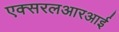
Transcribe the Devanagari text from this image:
एक्सरलआरआर्इ